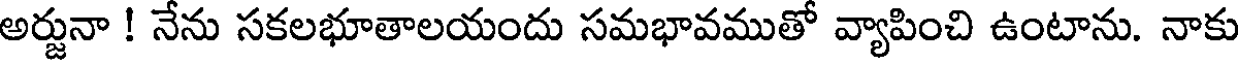
అర్జునా ! నేను సకలభూతాలయందు సమభావముతో వ్యాపించి ఉంటాను. నాకు